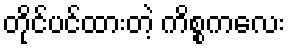
တိုင်ပင်ထားတဲ့ ကိစ္စကလေး